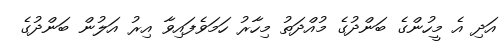
އަދި އެ މީހުންގެ ބަންދުގެ މުއްދަތު މިހާރު ހަމަވެފައިވާ އިރު އަލުން ބަންދުގެ